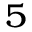
_ { 5 }